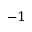
^ { - 1 }